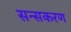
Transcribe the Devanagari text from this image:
सन्सकरण